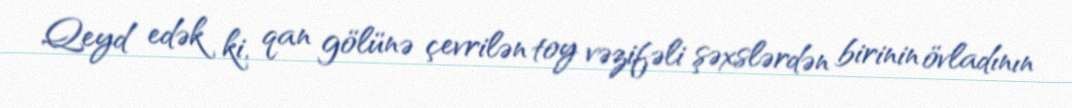
Qeyd edək ki, qan gölünə çevrilən toy vəzifəli şəxslərdən birinin övladının